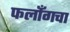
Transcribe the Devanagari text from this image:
फर्लाँगचा